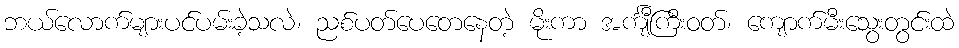
ဘယ်လောက်များပင်ပမ်းခဲ့သလဲ၊ ညစ်ပတ်ပေတေနေတဲ့ မိုးကာ အင်္ကျီကြီးဝတ်၊ ကျောက်မီးသွေးတွင်းထဲ